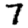
Digit: 7